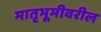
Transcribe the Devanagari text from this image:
मातृभूमीवरील